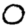
Digit: 0